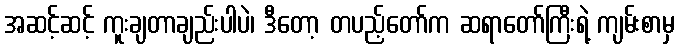
အဆင့်ဆင့် ကူးချတာချည်းပါပဲ၊ ဒီတော့ တပည့်တော်က ဆရာတော်ကြီးရဲ့ ကျမ်းစာမှ